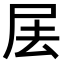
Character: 𡱅